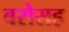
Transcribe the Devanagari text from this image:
बरोसह